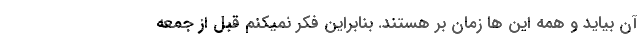
آن بیاید و همه این ها زمان بر هستند. بنابراین فکر نمیکنم قبل از جمعه